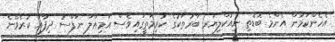
އެހެންކަމުން އެންމެ ބޮޑެތި ނިއުކްލިޔަރ ބާރުތަކުގެ ކުރިމަތީގައިވެސް އަމިއްލަ ނަފްސު ދިފާއު ކުރެވޭނެ